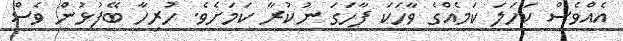
އެއްވެސް ކަހަލަ ކަމެއްގެ ވާހަކަ ފާހަގަ ނުކުރާ ކަމަށެވެ. ހުރިހާ ބޭފުޅުން ވެސް